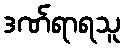
ဒဏ်ရာရသူ